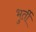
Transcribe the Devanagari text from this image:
भुर्ती